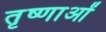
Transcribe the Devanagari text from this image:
तृष्णाओं